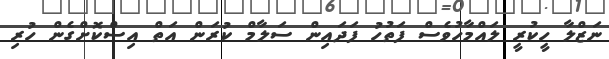
ނަޒްލާ ހީކުރީ ލައްމާހުވެސް ފަތުހު ފަދައިން ސަލާމް ކުރަން އަތް އިސްކޮށްގެން ހުރި